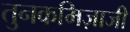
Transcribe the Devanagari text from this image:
तुनकमिज़ाजी